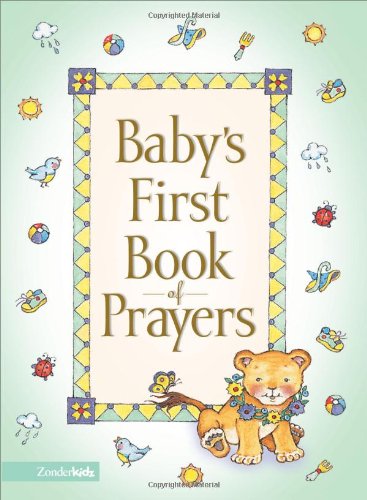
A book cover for Baby's First Book of Prayers; Melody Carlson; Christian Books & Bibles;